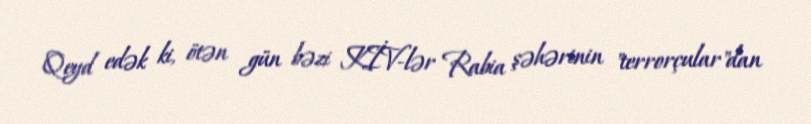
Qeyd edək ki, ötən gün bəzi KİV-lər Rabia şəhərinin "terrorçular"dan